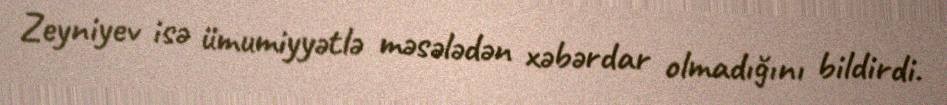
Zeyniyev isə ümumiyyətlə məsələdən xəbərdar olmadığını bildirdi.